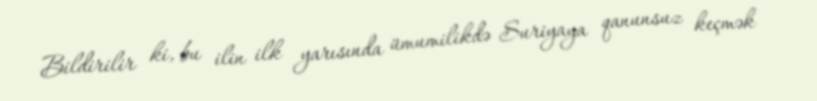
Bildirilir ki, bu ilin ilk yarısında ümumilikdə Suriyaya qanunsuz keçmək